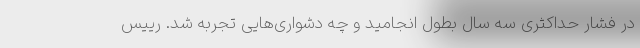
در فشار حداکثری سه سال بطول انجامید و چه دشواری‌هایی تجربه شد. رییس